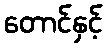
တောင်နှင့်